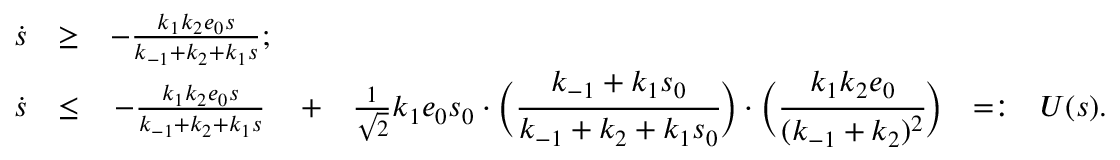
\begin{array} { r c c c c c l } { \dot { s } } & { \geq } & { - \frac { k _ { 1 } k _ { 2 } e _ { 0 } s } { k _ { - 1 } + k _ { 2 } + k _ { 1 } s } ; } & & & & \\ { \dot { s } } & { \leq } & { - \frac { k _ { 1 } k _ { 2 } e _ { 0 } s } { k _ { - 1 } + k _ { 2 } + k _ { 1 } s } } & { + } & { \frac { 1 } { \sqrt { 2 } } k _ { 1 } e _ { 0 } s _ { 0 } \cdot \bigg ( \cfrac { k _ { - 1 } + k _ { 1 } s _ { 0 } } { k _ { - 1 } + k _ { 2 } + k _ { 1 } s _ { 0 } } \bigg ) \cdot \bigg ( \cfrac { k _ { 1 } k _ { 2 } e _ { 0 } } { ( k _ { - 1 } + k _ { 2 } ) ^ { 2 } } \bigg ) } & { = : } & { U ( s ) . } \end{array}